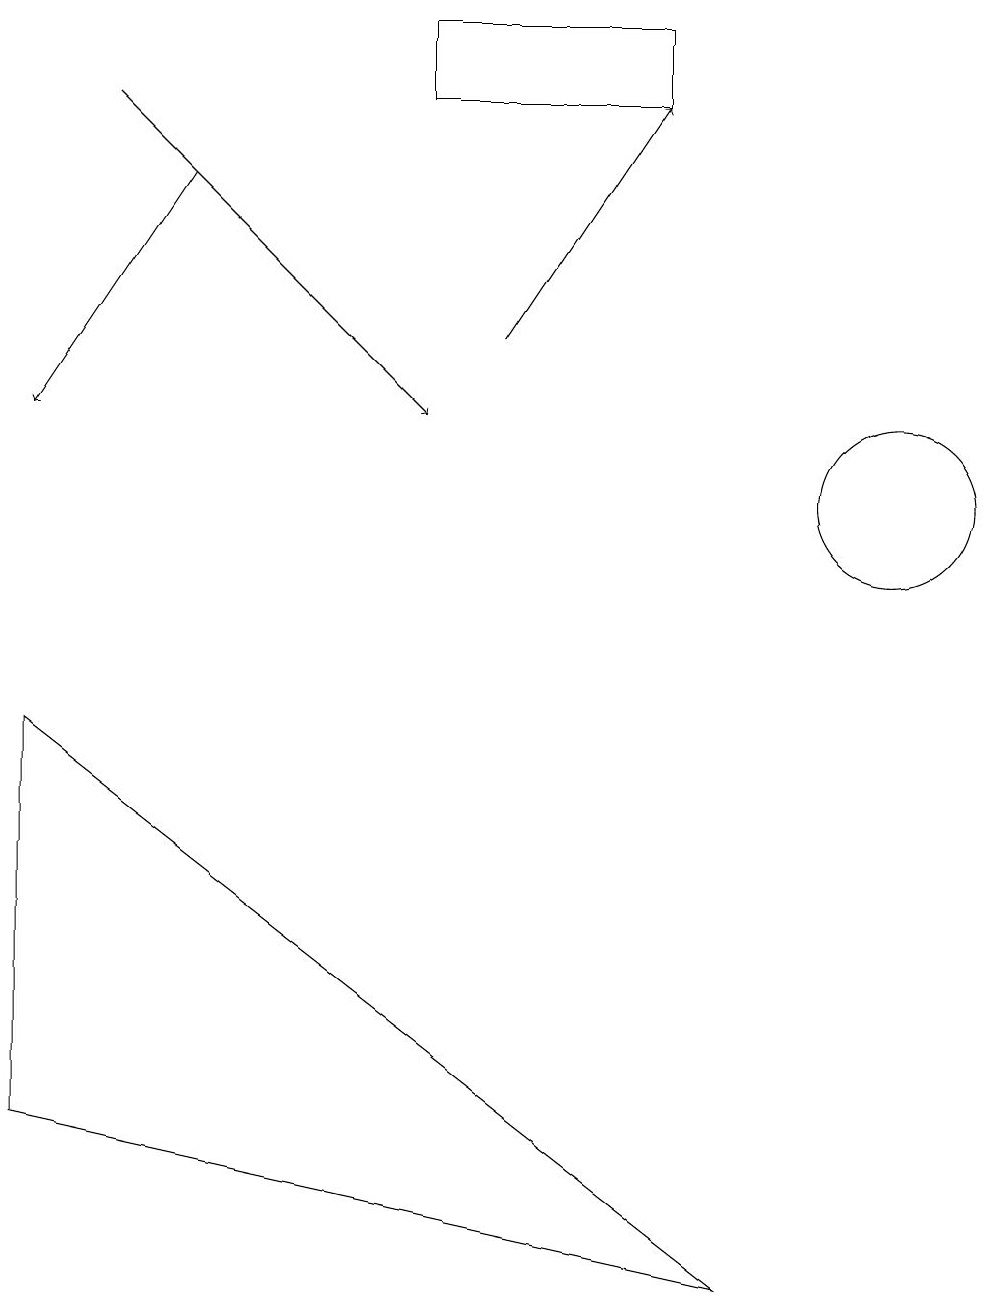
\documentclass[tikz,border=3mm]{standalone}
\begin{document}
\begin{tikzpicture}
\draw[->] (2,14) -- (0,11);
\draw[->] (1,15) -- (5,11);
\draw (11,10) circle (1);
\draw (0,2) -- (9,0) -- (0,7) -- cycle;
\draw[->] (6,12) -- (8,15);
\draw (8,16) rectangle (5,15);
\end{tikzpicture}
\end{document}